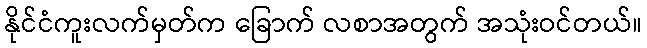
နိုင်ငံကူးလက်မှတ်က ခြောက် လစာအတွက် အသုံးဝင်တယ်။